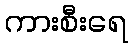
ကားစီးရေ